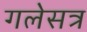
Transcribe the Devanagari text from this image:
गलेसत्र